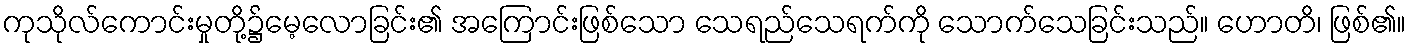
ကုသိုလ်ကောင်းမှုတို့၌မေ့လောခြင်း၏ အကြောင်းဖြစ်သော သေရည်သေရက်ကို သောက်သေခြင်းသည်။ ဟောတိ၊ ဖြစ်၏။